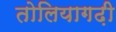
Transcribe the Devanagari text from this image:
तोलियागढ़ी